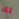
لك